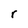
Character: r